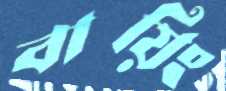
বায়িং